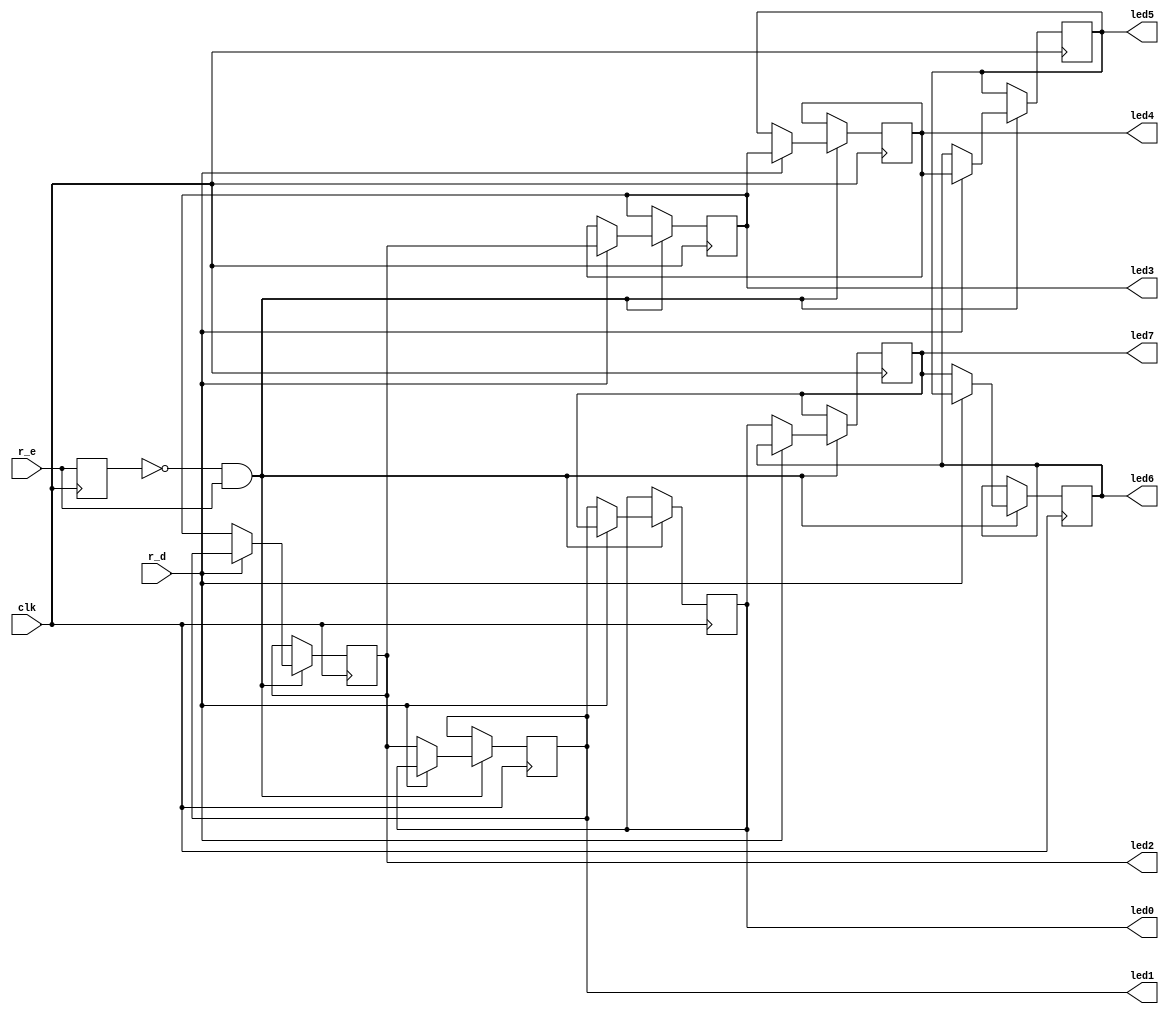
`timescale 1ns / 1ps
//////////////////////////////////////////////////////////////////////////////////
// Company: 
// Engineer: 
// 
// Design Name: 
// Module Name:    main 
// Project Name: 
// Target Devices: 
// Tool versions: 
// Description: 
//
// Dependencies: 
//
// Revision: 
// Revision 0.01 - File Created
// Additional Comments: 
//
//////////////////////////////////////////////////////////////////////////////////
module main(clk,r_e,r_d,led0, led1, led2, led3, led4, led5, led6, led7
    );
input clk;
input r_e;
input r_d;
output reg led0, led1, led2, led3, led4, led5, led6, led7;
reg prev;
initial begin
prev=1;
led0=1;
led1=0;
led2=0;led3=0;led4=0;led5=0;led6=0;led7=0;
end
always @(posedge clk) begin
prev<=r_e;
if(prev==0 && r_e==1) begin
if(r_d==0) begin
led0<=led1;
         led1<=led2;
         led2<=led3;
         led3<=led4;
         led4<=led5;
         led5<=led6;
         led6<=led7;
         led7<=led0;
end
if(r_d==1) begin
led1<=led0;
         led2<=led1;
         led3<=led2;
         led4<=led3;
         led5<=led4;
         led6<=led5;
         led7<=led6;
         led0<=led7;
end
end
end
endmodule